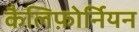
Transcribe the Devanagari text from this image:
कैलिफ़ोर्नियन